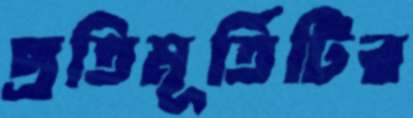
প্রতিমূর্তিটির